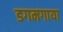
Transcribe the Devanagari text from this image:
डगमगाया